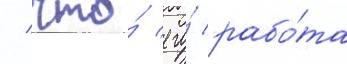
/ что́ его́ рабо́та